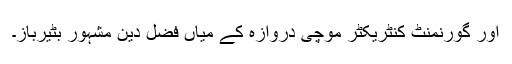
اور گورنمنٹ کنٹریکٹر موچی دروازہ کے میاں فضل دین مشہور بٹیرباز۔